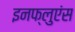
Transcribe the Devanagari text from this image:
इनफ्लुएंस